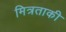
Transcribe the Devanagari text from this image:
मित्रताकी